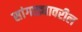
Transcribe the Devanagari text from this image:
सांगाड्यावरील